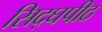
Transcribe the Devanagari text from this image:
सिद्घपीठ